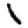
Digit: 1